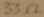
Text: 33Ω